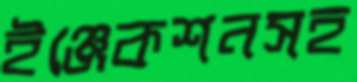
ইঞ্জেকশনসহ